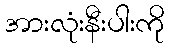
အားလုံးနီးပါးကို